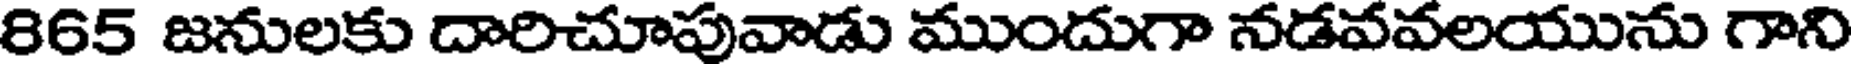
865 జనులకు దారిచూపువాడు ముందుగా నడవవలయును గాని